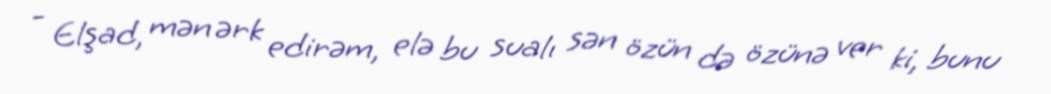
- Elşad, mən ərk edirəm, elə bu sualı sən özün də özünə ver ki, bunu